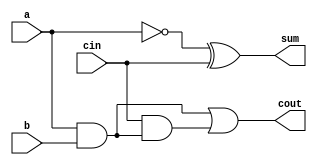
module full_adder6(a,b,cin,sum,cout);
input a,b,cin;
output sum,cout;
assign sum = a^1'b1^cin;
assign cout = a&b|cin&(a&b); 
// initial begin
//     $display("The incorrect adder with xor0 having in2/1");
// end   
endmodule